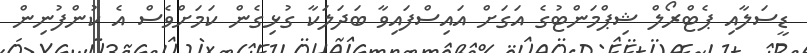
ޑީސަލާއި ޕެޓްރޯލް ޝިޕްމަންޓުގެ އަގަށް އައިސްފައިވާ ބަދަލަކާ ގުޅިގެން ކަމަށްވެސް އެ ކުންފުނިން